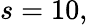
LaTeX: s=10,